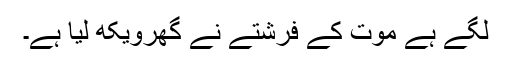
لگے ہے موت کے فرشتے نے گھرویکھ لیا ہے۔